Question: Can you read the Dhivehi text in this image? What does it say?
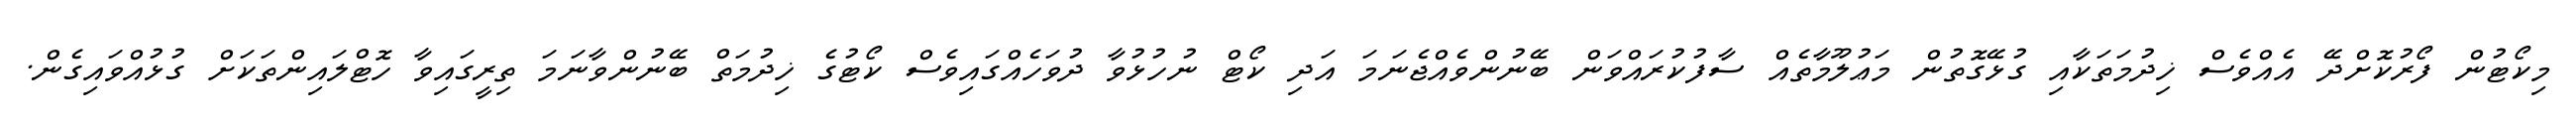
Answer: މިކޯޓުން ފޯރުކޮށްދޭ އެއްވެސް ޚިދުމަތަކާއި ގުޅޭގޮތުން މަޢުލޫމާތެއް ސާފުކުރައްވަން ބޭނުންވެއްޖެނަމަ އަދި ކޯޓް ނުހުޅުވާ ދުވަހެއްގައިވެސް ކޯޓުގެ ޚިދުމަތް ބޭނުންވާނަމަ ތިރީގައިވާ ހޮޓްލައިންތަކަށް ގުޅުއްވައިގެން.